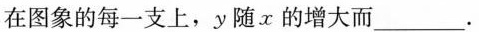
在图象的每一支上，y随x的增大而___.